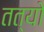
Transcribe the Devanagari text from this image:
तत्यो